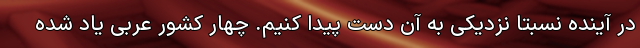
در آینده‌ نسبتاً نزدیکی به آن دست پیدا کنیم. چهار کشور عربی یاد شده